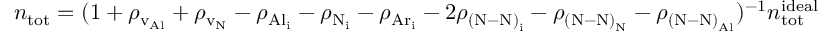
n _ { \mathrm { t o t } } = ( { 1 + \rho _ { \mathrm { v _ { A l } } } + \rho _ { \mathrm { v _ { N } } } - \rho _ { \mathrm { { A l } _ { i } } } - \rho _ { \mathrm { { N } _ { i } } } - \rho _ { \mathrm { { A r } _ { i } } } - 2 \rho _ { \mathrm { { ( N \mathrm { - } N ) } _ { i } } } - \rho _ { \mathrm { { ( N \mathrm { - } N ) } _ { N } } } - \rho _ { \mathrm { { ( N \mathrm { - } N ) } _ { A l } } } } ) ^ { - 1 } { n _ { \mathrm { t o t } } ^ { \mathrm { i d e a l } } }